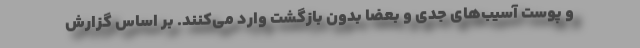
و پوست آسیب‌های جدی و بعضاً بدون بازگشت وارد می‌کنند. بر اساس گزارش